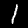
Digit: 1